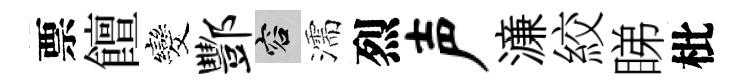
票饘发酆容濡烈声濓絞睇枇